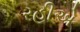
રહીએ